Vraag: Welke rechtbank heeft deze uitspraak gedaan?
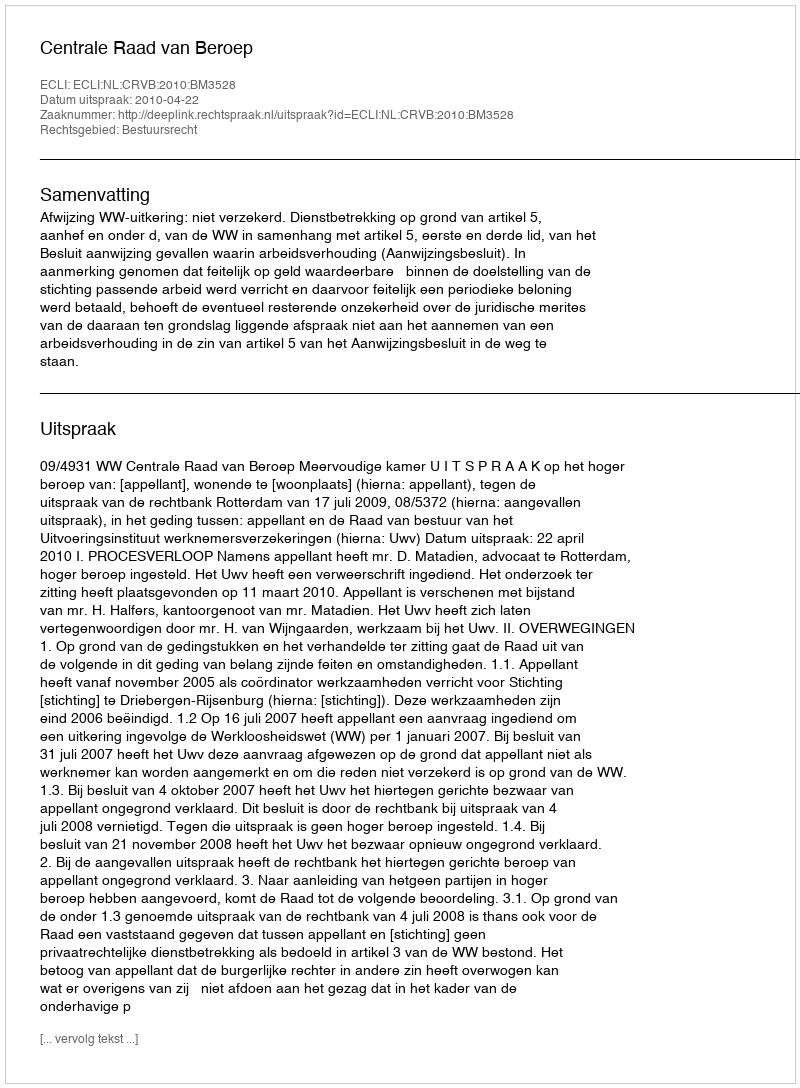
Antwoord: Centrale Raad van Beroep